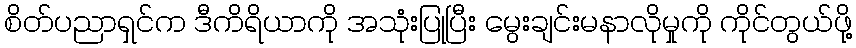
စိတ်ပညာရှင်က ဒီကိရိယာကို အသုံးပြုပြီး မွေးချင်းမနာလိုမှုကို ကိုင်တွယ်ဖို့